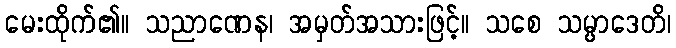
မေးထိုက်၏။ သညာဏေန၊ အမှတ်အသားဖြင့်။ သစေ သမ္ပာဒေတိ၊